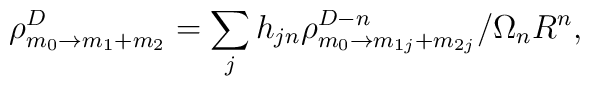
\rho^D_{m_0\rightarrow m_1+m_2} = \sum_{j} h_{jn} \rho^{D-n}_{m_0\rightarrow m_{1j}+m_{2j}}/\Omega_nR^n,